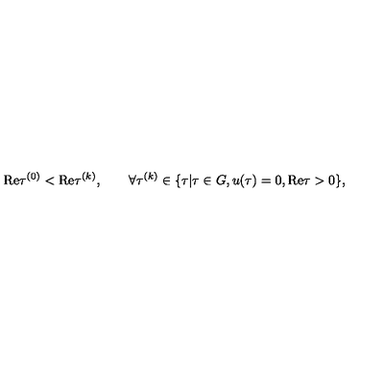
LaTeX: \mathrm { R e } \tau ^ { ( 0 ) } < \mathrm { R e } \tau ^ { ( k ) } , \qquad \forall \tau ^ { ( k ) } \in \{ \tau | \tau \in G , u ( \tau ) = 0 , \mathrm { R e } \tau > 0 \} ,